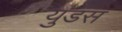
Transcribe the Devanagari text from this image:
युडस